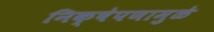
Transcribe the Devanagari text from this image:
निक्षेपणामुळे